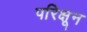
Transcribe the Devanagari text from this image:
परिक्षून